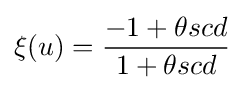
\xi (u)={\frac {-1+\theta scd}{1+\theta scd}}